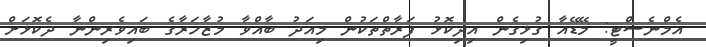
އެމްނެސްޓީ: މޭޑޭއާ ގުޅިގެން އިދިކޮޅު ފަރާތްތަކުން މިއަދު ބާއްވާ މުޒާހަރާގެ ބައިވެރިންނާ ދެކޮޅަށް